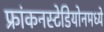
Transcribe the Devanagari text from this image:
फ्रांकनस्टेडियोनमध्ये